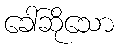
ခေါ်ဆိုသော